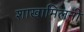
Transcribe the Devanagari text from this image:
शाखामिलनी